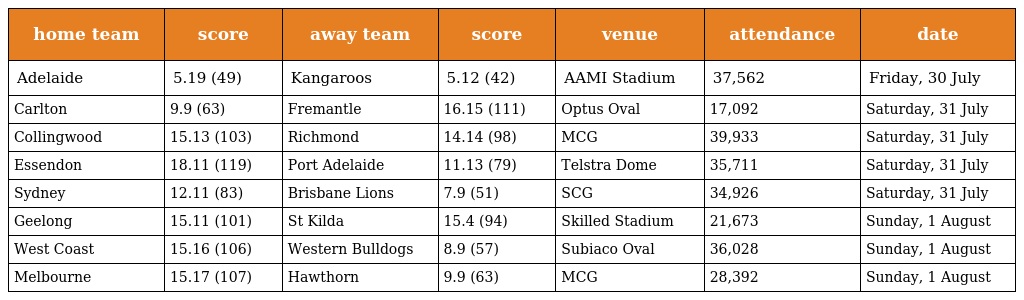
| home team | score | away team | score | venue | attendance | date |
 | --- | --- | --- | --- | --- | --- | --- |
 | Adelaide | 5.19 (49) | Kangaroos | 5.12 (42) | AAMI Stadium | 37,562 | Friday, 30 July |
 | Carlton | 9.9 (63) | Fremantle | 16.15 (111) | Optus Oval | 17,092 | Saturday, 31 July |
 | Collingwood | 15.13 (103) | Richmond | 14.14 (98) | MCG | 39,933 | Saturday, 31 July |
 | Essendon | 18.11 (119) | Port Adelaide | 11.13 (79) | Telstra Dome | 35,711 | Saturday, 31 July |
 | Sydney | 12.11 (83) | Brisbane Lions | 7.9 (51) | SCG | 34,926 | Saturday, 31 July |
 | Geelong | 15.11 (101) | St Kilda | 15.4 (94) | Skilled Stadium | 21,673 | Sunday, 1 August |
 | West Coast | 15.16 (106) | Western Bulldogs | 8.9 (57) | Subiaco Oval | 36,028 | Sunday, 1 August |
 | Melbourne | 15.17 (107) | Hawthorn | 9.9 (63) | MCG | 28,392 | Sunday, 1 August |